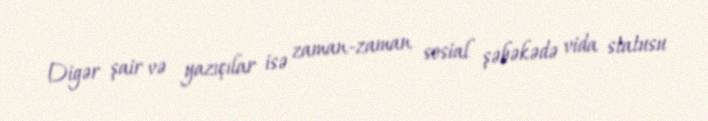
Digər şair və yazıçılar isə zaman-zaman sosial şəbəkədə vida statusu